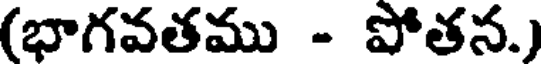
(భాగవతము - పోతన.)